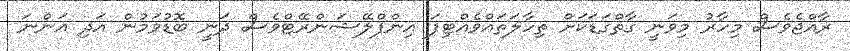
ރާއްޖެވެސް މިހާރު މިވަނީ ގާތްގަޑަކަށް ތިހާލަތައްވެއްޓިފަ އިންފްލޭޝަންރޭޓްވެސް ދަނީ ބޮޑުވަމުން އަދި އަންނަ